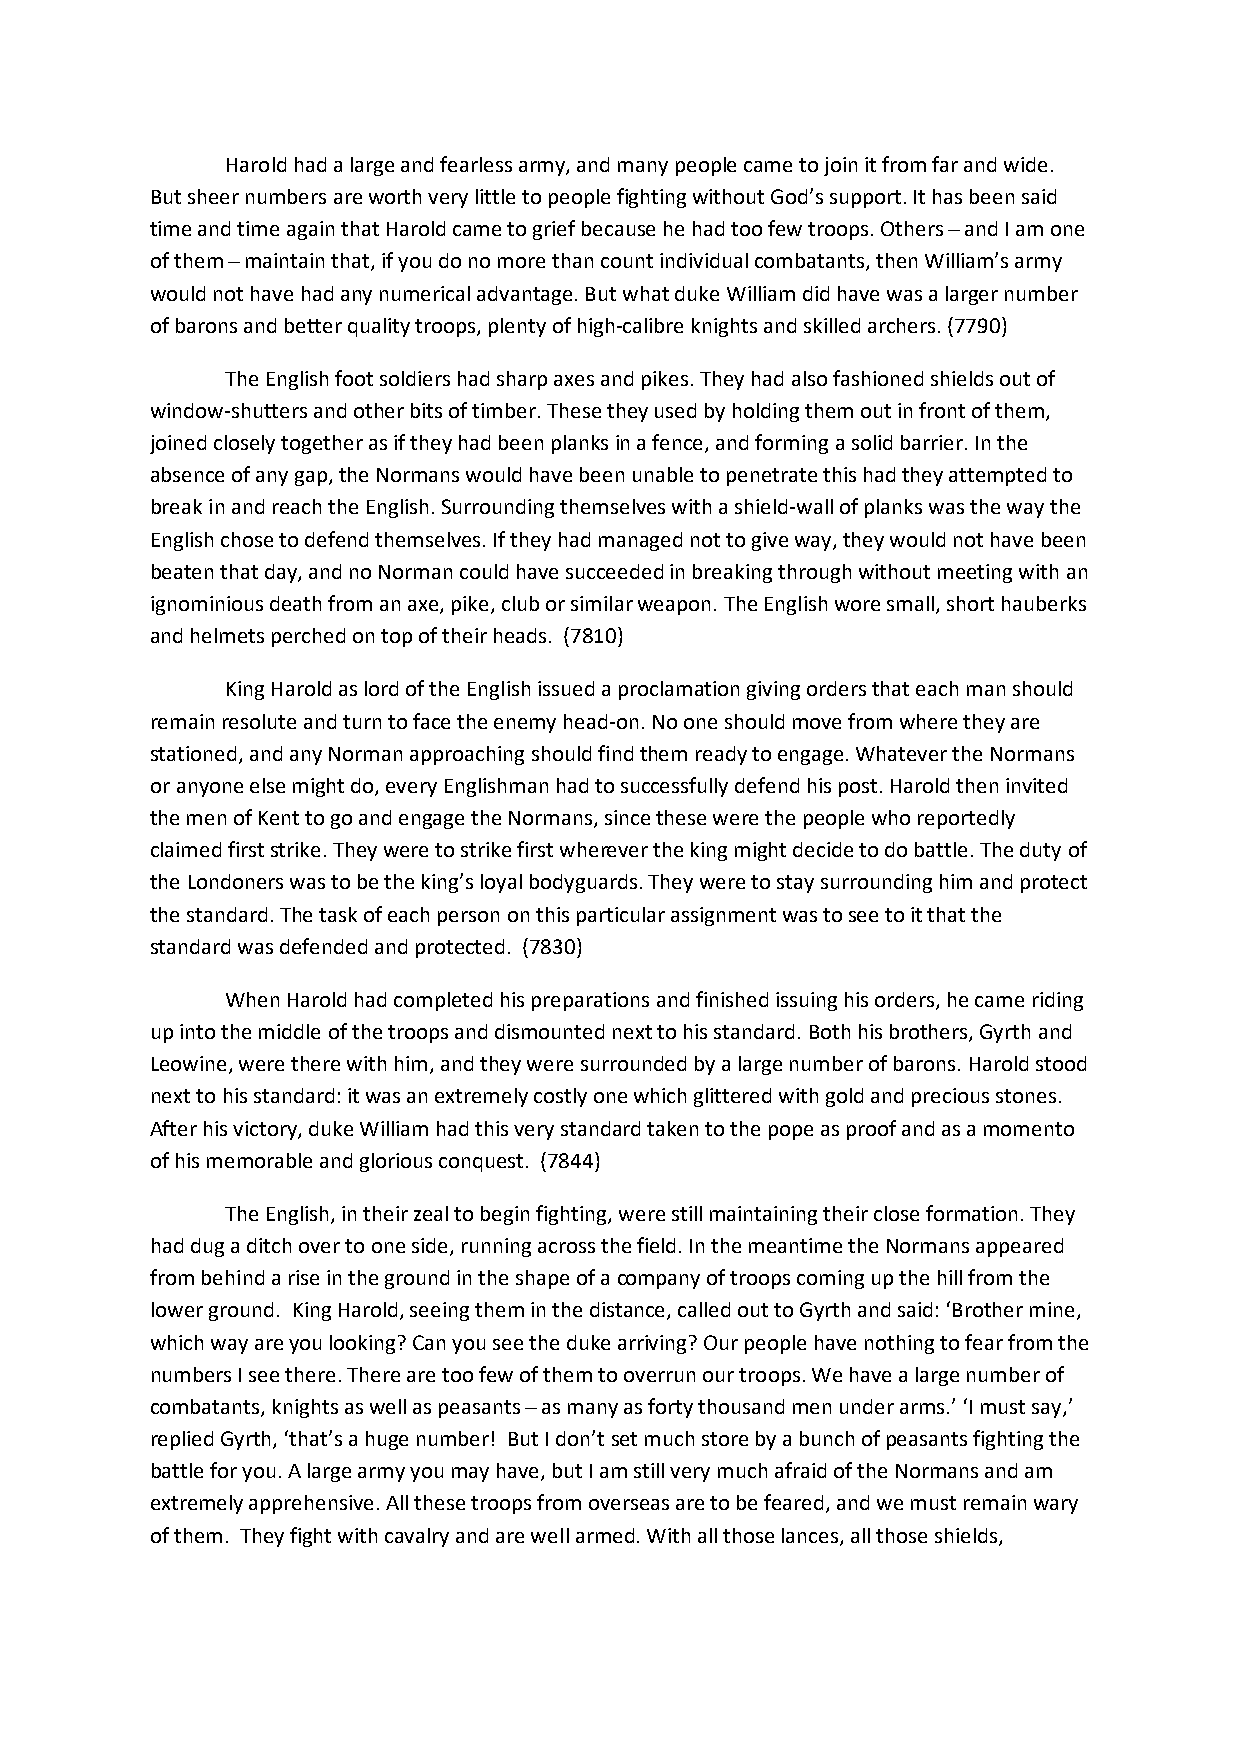
Harold had a large and fearless army, and many people came to join it from far and wide.
 But sheer numbers are worth very little to people fighting without God’s support. It has been said
 time and time again that Harold came to grief because he had too few troops. Others ̶ and I am one
 of them ̶ maintain that, if you do no more than count individual combatants, then William’s army
 would not have had any numerical advantage. But what duke William did have was a larger number
 of barons and better quality troops, plenty of high-calibre knights and skilled archers. (7790)
 The English foot soldiers had sharp axes and pikes. They had also fashioned shields out of
 window-shutters and other bits of timber. These they used by holding them out in front of them,
 joined closely together as if they had been planks in a fence, and forming a solid barrier. In the
 absence of any gap, the Normans would have been unable to penetrate this had they attempted to
 break in and reach the English. Surrounding themselves with a shield-wall of planks was the way the
 English chose to defend themselves. If they had managed not to give way, they would not have been
 beaten that day, and no Norman could have succeeded in breaking through without meeting with an
 ignominious death from an axe, pike, club or similar weapon. The English wore small, short hauberks
 and helmets perched on top of their heads. (7810)
 King Harold as lord of the English issued a proclamation giving orders that each man should
 remain resolute and turn to face the enemy head-on. No one should move from where they are
 stationed, and any Norman approaching should find them ready to engage. Whatever the Normans
 or anyone else might do, every Englishman had to successfully defend his post. Harold then invited
 the men of Kent to go and engage the Normans, since these were the people who reportedly
 claimed first strike. They were to strike first wherever the king might decide to do battle. The duty of
 the Londoners was to be the king’s loyal bodyguards. They were to stay surrounding him and protect
 the standard. The task of each person on this particular assignment was to see to it that the
 standard was defended and protected. (7830)
 When Harold had completed his preparations and finished issuing his orders, he came riding
 up into the middle of the troops and dismounted next to his standard. Both his brothers, Gyrth and
 Leowine, were there with him, and they were surrounded by a large number of barons. Harold stood
 next to his standard: it was an extremely costly one which glittered with gold and precious stones.
 After his victory, duke William had this very standard taken to the pope as proof and as a momento
 of his memorable and glorious conquest. (7844)
 The English, in their zeal to begin fighting, were still maintaining their close formation. They
 had dug a ditch over to one side, running across the field. In the meantime the Normans appeared
 from behind a rise in the ground in the shape of a company of troops coming up the hill from the
 lower ground. King Harold, seeing them in the distance, called out to Gyrth and said: ‘Brother mine,
 which way are you looking? Can you see the duke arriving? Our people have nothing to fear from the
 numbers I see there. There are too few of them to overrun our troops. We have a large number of
 combatants, knights as well as peasants ̶ as many as forty thousand men under arms.’ ‘I must say,’
 replied Gyrth, ‘that’s a huge number! But I don’t set much store by a bunch of peasants fighting the
 battle for you. A large army you may have, but I am still very much afraid of the Normans and am
 extremely apprehensive. All these troops from overseas are to be feared, and we must remain wary
 of them. They fight with cavalry and are well armed. With all those lances, all those shields,